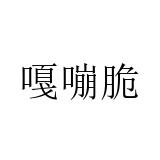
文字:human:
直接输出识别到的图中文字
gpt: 嘎嘣脆